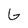
Character: G